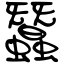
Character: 蠶